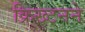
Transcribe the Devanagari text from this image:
क्रिख्टनने